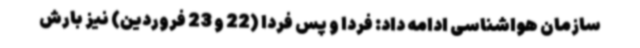
سازمان هواشناسی ادامه داد: فردا و پس فردا (22 و 23 فروردین) نیز بارش